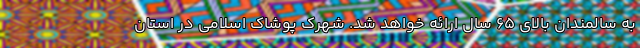
به سالمندان بالای ۶۵ سال ارائه خواهد شد. شهرک پوشاک اسلامی در استان